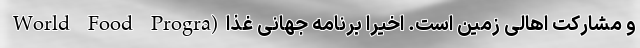
و مشارکت اهالی زمین است. اخیرا برنامه جهانی غذا(World Food Progra